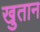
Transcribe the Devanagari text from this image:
खुतान